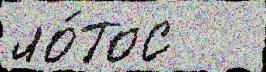
ло́тос